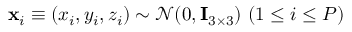
\mathbf { x } _ { i } \equiv ( x _ { i } , y _ { i } , z _ { i } ) \sim \mathcal { N } ( 0 , \mathbf { I } _ { 3 \times 3 } ) \ ( 1 \leq i \leq P )